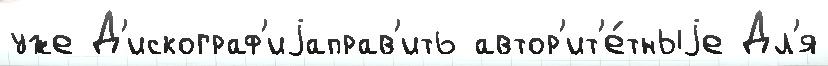
уже Д'искограф'иjаправ'ить автор'ит'е́тныjе Дл'я